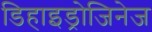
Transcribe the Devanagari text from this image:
डिहाइड्रोजिनेज